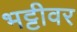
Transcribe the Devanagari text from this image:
भट्टीवर